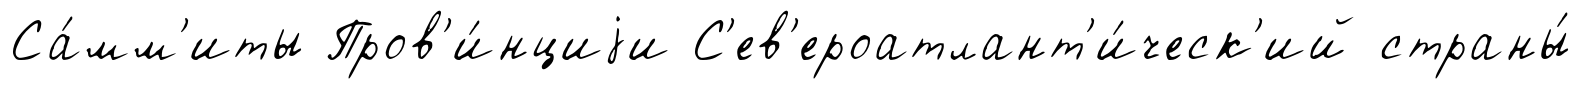
Са́мм'иты Пров'и́нциjи С'ев'ероатлант'и́ческ'ий страны́